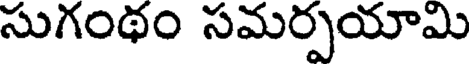
సుగంథం సమర్పయామి